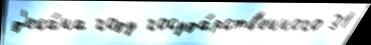
д'ека́на году госуда́рств'енного 31